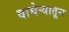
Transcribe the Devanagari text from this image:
वाघेऱ्यातून